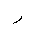
Letter: _ra